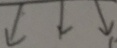
\downarrow \downarrow \downarrow